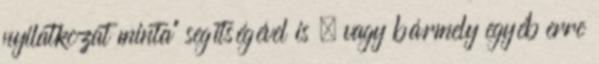
nyilatkozat minta” segítségével is , vagy bármely egyéb erre